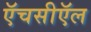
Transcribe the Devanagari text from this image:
ऍचसीऍल